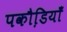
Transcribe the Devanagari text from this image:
पकौडि़याँ